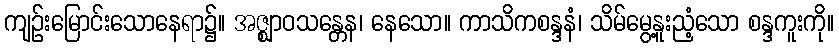
ကျဉ်းမြောင်းသောနေရာ၌။ အဇ္ဈာဝသန္တေန၊ နေသော။ ကာသိကစန္ဒနံ၊ သိမ်မွေ့နူးညံ့သော စန္ဒကူးကို။